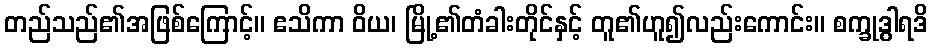
တည်သည်၏အဖြစ်ကြောင့်။ ဧသိကာ ဝိယ၊ မြို့၏တံခါးတိုင်နှင့် တူ၏ဟူ၍လည်းကောင်း။ စက္ခုဒွါရဒိ